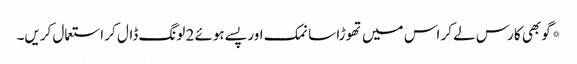
*گوبھی کا رس لے کر اس میں تھوڑا سا نمک اور پسے ہوئے 2 لونگ ڈال کر استعمال کریں۔